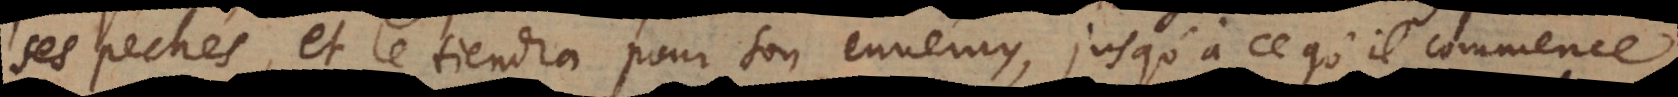
ses pechés et le tiendra pour son ennemy, jusqu’à ce qu’il commence